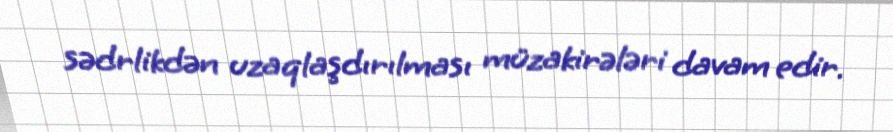
sədrlikdən uzaqlaşdırılması müzakirələri davam edir.